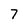
Character: 7